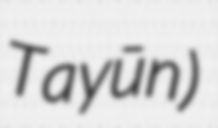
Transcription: Tayūn)